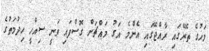
މަހުގެ ތެރޭގައި ރާއްޖޭގައި އެންމެ އަގު މައްޗަށް ގޮސްފައި ވަނީ ސިއްހީ ހިދުމަތުގެ